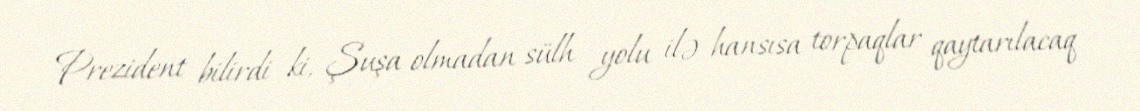
Prezident bilirdi ki, Şuşa olmadan sülh yolu ilə hansısa torpaqlar qaytarılacaq